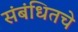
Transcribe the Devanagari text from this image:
संबंधितचे